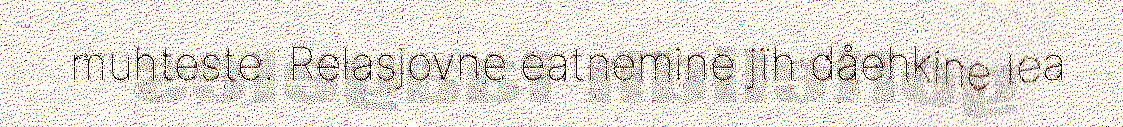
muhteste. Relasjovne eatnemine jïh dåehkine lea